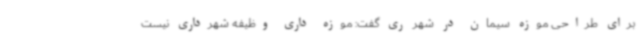
برای طراحی موزه سیمان در شهر ری گفت: موزه داری وظیفه شهرداری نیست